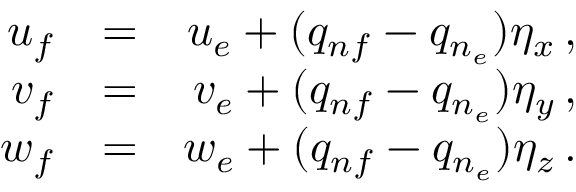
\begin{array} { r l r } { u _ { f } } & { = } & { u _ { e } + ( q _ { n f } - q _ { n _ { e } } ) \eta _ { x } \, \mathrm { , } } \\ { v _ { f } } & { = } & { v _ { e } + ( q _ { n f } - q _ { n _ { e } } ) \eta _ { y } \, \mathrm { , } } \\ { w _ { f } } & { = } & { w _ { e } + ( q _ { n f } - q _ { n _ { e } } ) \eta _ { z } \, \mathrm { . } } \end{array}